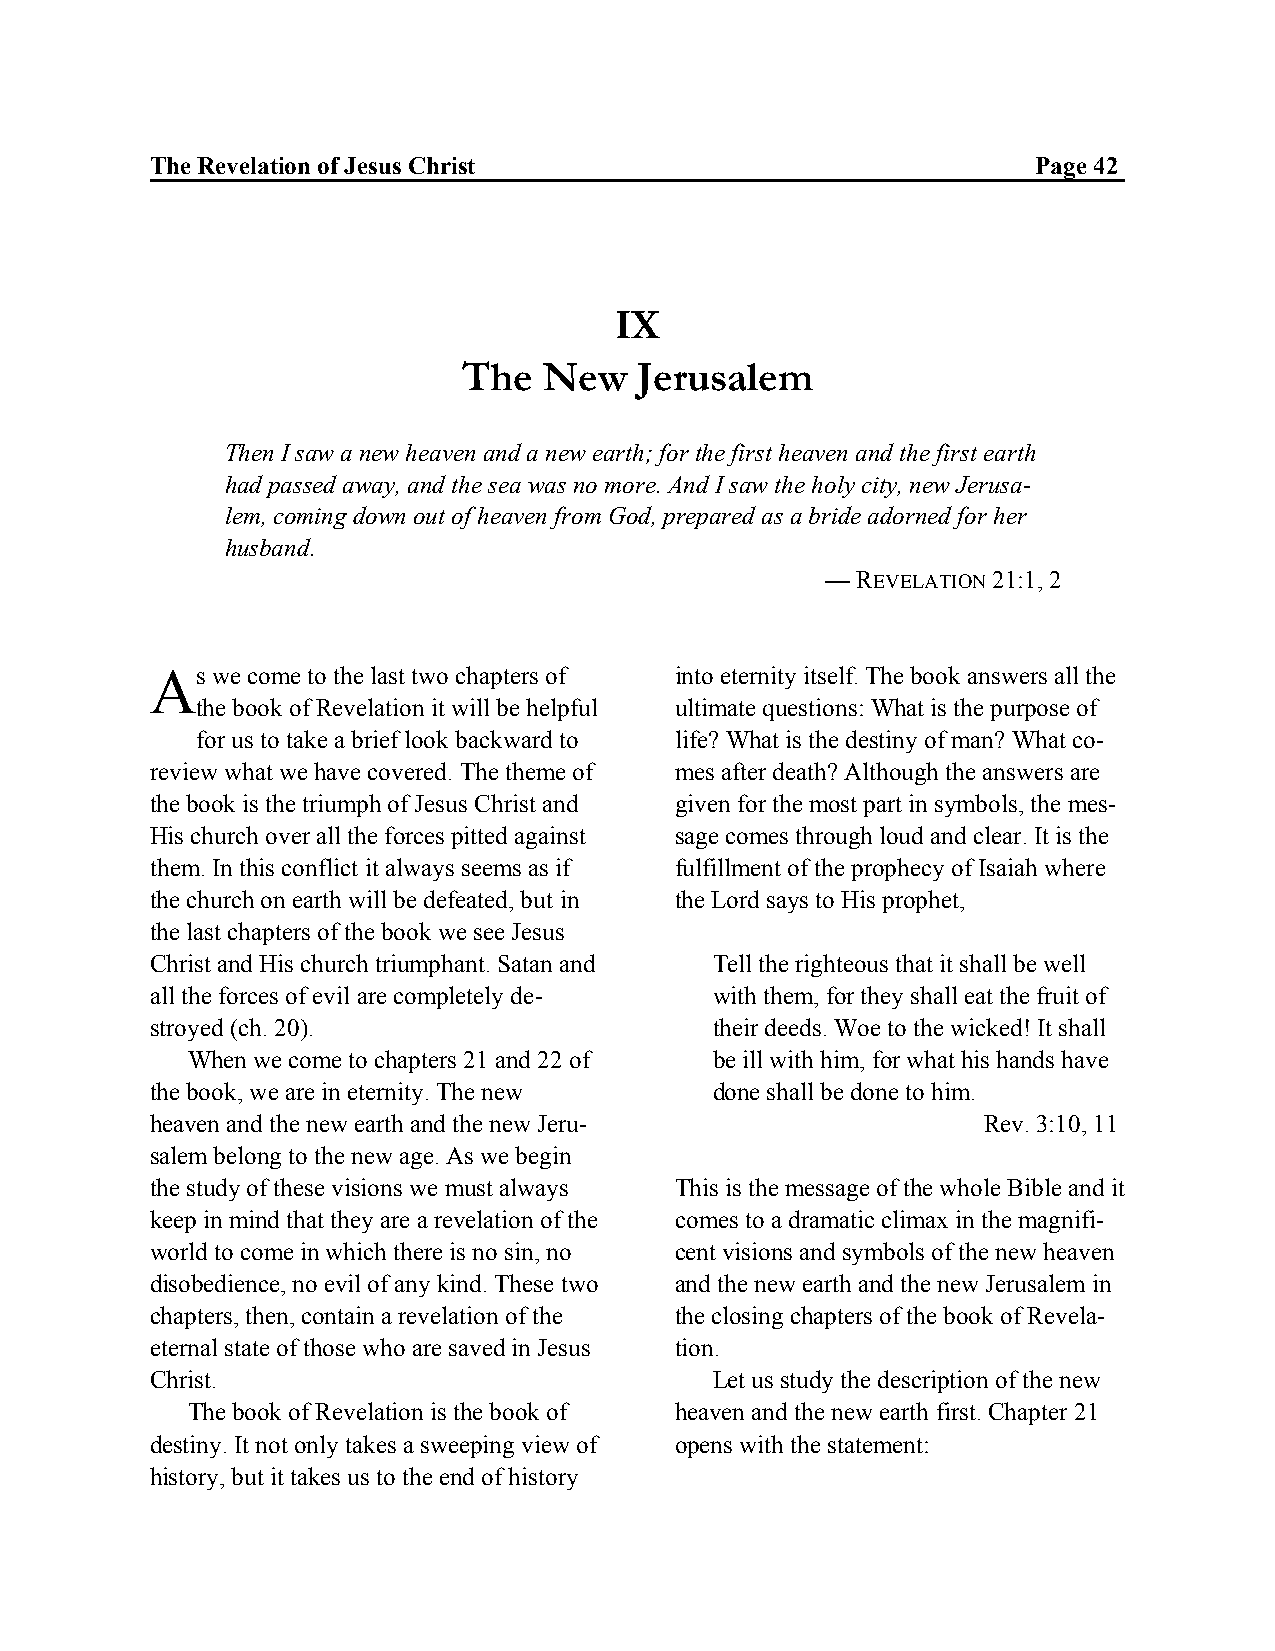
The Revelation of Jesus Christ                             Page 42
 IX
 The  New   Jerusalem
 Then I saw a new heaven and a new earth; for the first heaven and the first earth
 had passed away, and the sea was no more. And I saw the holy city, new Jerusa-
 lem, coming down out of heaven from God, prepared as a bride adorned for her
 husband.
 — REVELATION 21:1, 2
 As  we come to the last two chapters of into eternity itself. The book answers all the
 the book of Revelation it will be helpful ultimate questions: What is the purpose of
 for us to take a brief look backward to life? What is the destiny of man? What co-
 review what we have covered. The theme of mes after death? Although the answers are
 the book is the triumph of Jesus Christ and given for the most part in symbols, the mes-
 His church over all the forces pitted against sage comes through loud and clear. It is the
 them. In this conflict it always seems as if fulfillment of the prophecy of Isaiah where
 the church on earth will be defeated, but in the Lord says to His prophet,
 the last chapters of the book we see Jesus
 Christ and His church triumphant. Satan and Tell the righteous that it shall be well
 all the forces of evil are completely de- with them, for they shall eat the fruit of
 stroyed (ch. 20).                    their deeds. Woe to the wicked! It shall
 When we come to chapters 21 and 22 of be ill with him, for what his hands have
 the book, we are in eternity. The new done shall be done to him.
 heaven and the new earth and the new Jeru-             Rev. 3:10, 11
 salem belong to the new age. As we begin
 the study of these visions we must always This is the message of the whole Bible and it
 keep in mind that they are a revelation of the comes to a dramatic climax in the magnifi-
 world to come in which there is no sin, no cent visions and symbols of the new heaven
 disobedience, no evil of any kind. These two and the new earth and the new Jerusalem in
 chapters, then, contain a revelation of the the closing chapters of the book of Revela-
 eternal state of those who are saved in Jesus tion.
 Christ.                              Let us study the description of the new
 The book of Revelation is the book of heaven and the new earth first. Chapter 21
 destiny. It not only takes a sweeping view of opens with the statement:
 history, but it takes us to the end of history